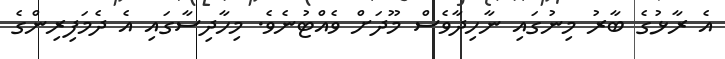
އެ ރާޅުގެ ބާރު މިނުގައި ނާހިދާވެސް މޫދަށް ވެއްޓުނެވެ. މިހާދިސާގައި އެ ދެމަފިރިންގެ